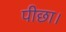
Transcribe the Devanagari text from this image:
पीछा।